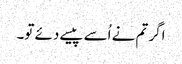
اگر تم نے اُسے پیسے دئے تو۔